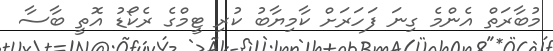
މުބާރަތް އެންމެ ގިނަ ފަހަރަށް ކާމިޔާބު ކުރި ޓީމްގެ ރެކޯޑު އޮތީ ބާސާ